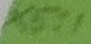
Text: X5:1